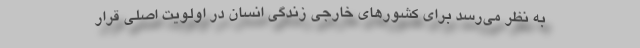
به نظر می‌رسد برای کشورهای خارجی زندگی انسان در اولویت اصلی قرار